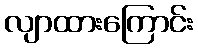
လျာထားကြောင်း